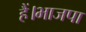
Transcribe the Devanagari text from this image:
हैं।भाजपा